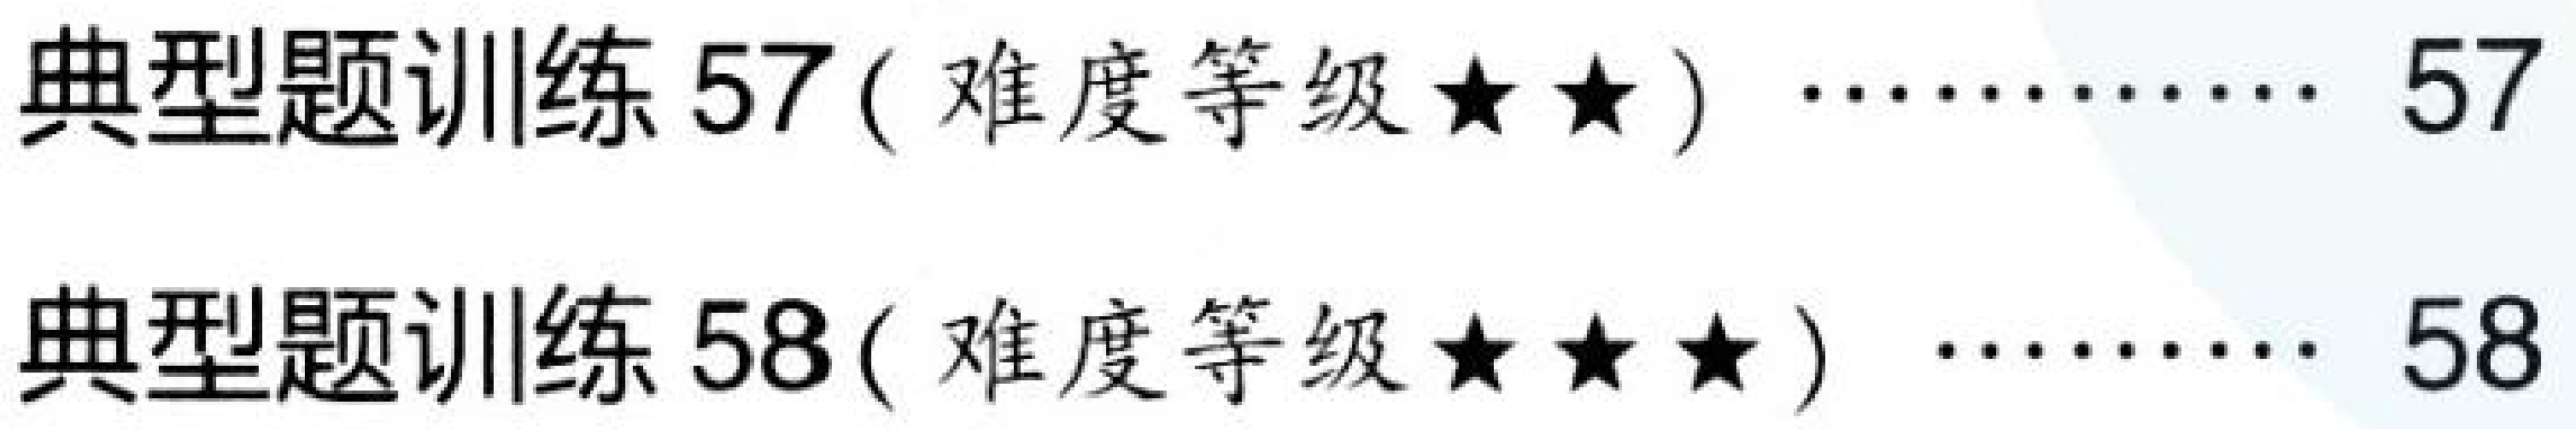
典型题训练 57 ( 难度等级$\star\star$) $\cdots\cdots\cdots\cdots$ 57\\
典型题训练 58 ( 难度等级$\star\star\star$) $\cdots\cdots\cdots\cdots$ 58